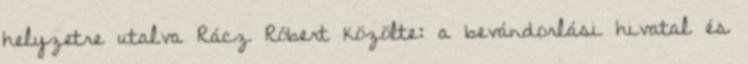
helyzetre utalva Rácz Róbert közölte: a bevándorlási hivatal és